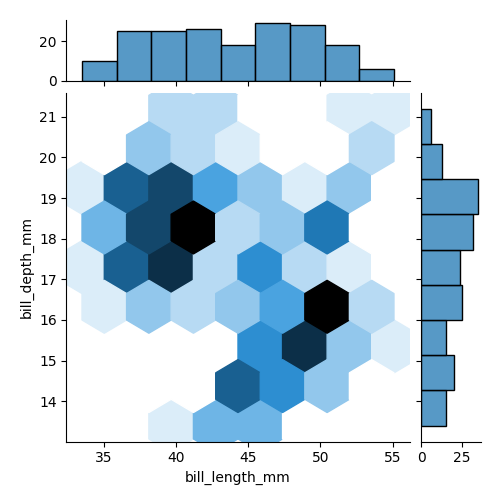
python, seaborn, jointplot, kind='hex', height='5', ratio='5', marginal_ticks='True'